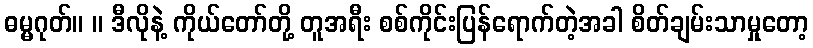
ဓမ္မဂုတ်။ ။ ဒီလိုနဲ့ ကိုယ်တော်တို့ တူအရီး စစ်ကိုင်းပြန်ရောက်တဲ့အခါ စိတ်ချမ်းသာမှုတော့